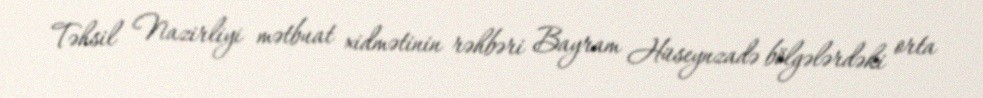
Təhsil Nazirliyi mətbuat xidmətinin rəhbəri Bayram Hüseynzadə bölgələrdəki orta